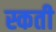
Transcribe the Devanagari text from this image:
स्कती